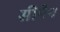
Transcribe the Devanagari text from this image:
सीपैन